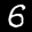
Label: 6